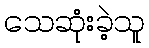
သေဆုံးခဲ့သူ